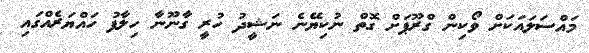
މައްސަލައަކަށް ވޯކިން ގްރޫޕަށް ގޮތް ނުކިޔޭނެ ނަޝީދު ހުރީ ގާނޫނާ ހިލާފު ހައްޔަރެއްގައި